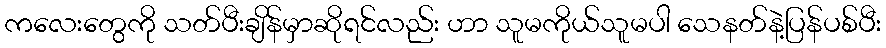
ကလေးတွေကို သတ်ပီးချိန်မှာဆိုရင်လည်း ဟာ သူမကိုယ်သူမပါ သေနတ်နဲ့ပြန်ပစ်ပီး